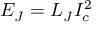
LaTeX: E _ { J } = L _ { J } I _ { c } ^ { 2 }